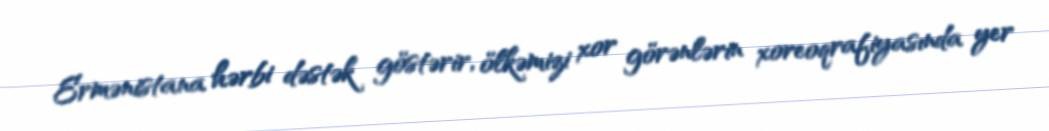
Ermənistana hərbi dəstək göstərir, ölkəmizi xor görənlərin xoreoqrafiyasında yer